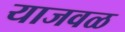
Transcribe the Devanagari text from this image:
याजवळ